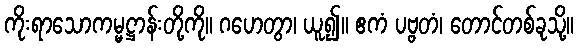
ကိုးရာသောကမ္မဋ္ဌာန်းတို့ကို။ ဂဟေတွာ၊ ယူ၍။ ဧကံ ပဗ္ဗတံ၊ တောင်တစ်ခုသို့။